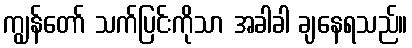
ကျွန်တော် သက်ပြင်းကိုသာ အခါခါ ချနေရသည်။